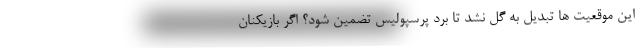
این موقعیت ‌ها تبدیل به گل نشد تا برد پرسپولیس تضمین شود؟ اگر بازیکنان